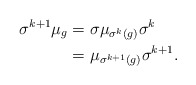
\begin{align*}\sigma^{k+1} \mu_g &= \sigma \mu_{\sigma^k(g)} \sigma^{k}\\ &= \mu_{\sigma^{k+1}(g)} \sigma^{k+1}.\end{align*}